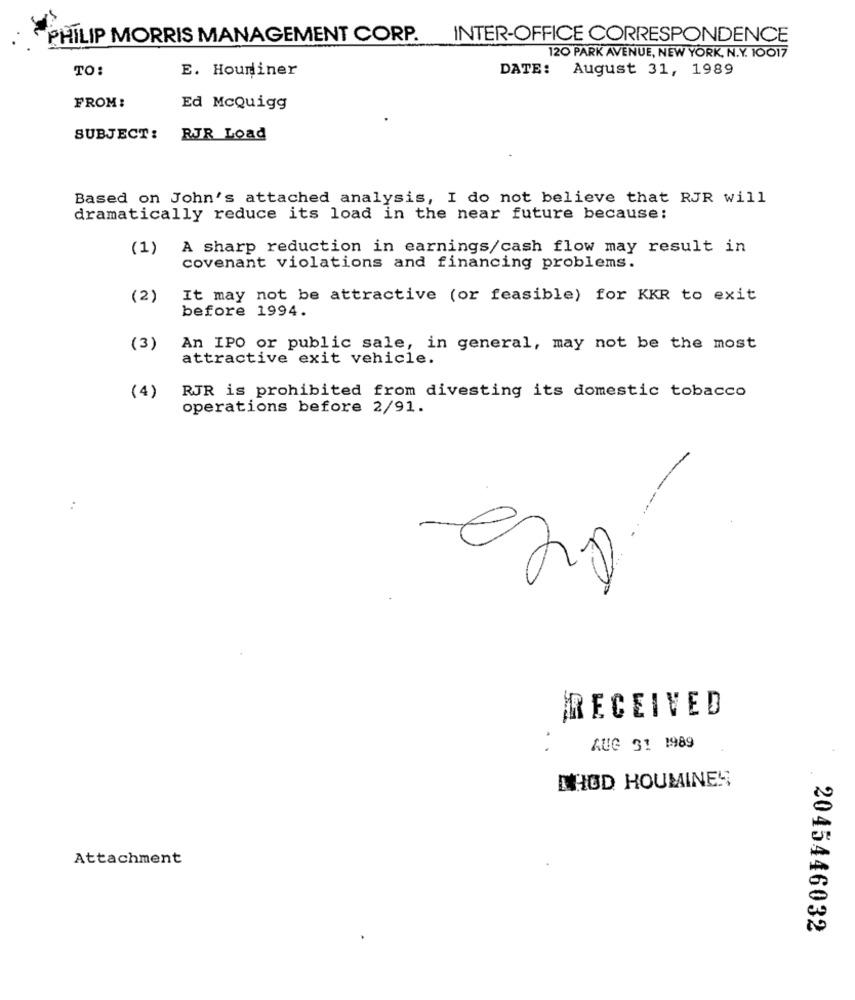
PHILIP MORRIS MANAGEMENT CORP. INTER-OFFICE CORRESPONDENCE
120 PARK AVENUE, NEW YORK, N.Y. 10017
TO:
E. Houminer
DATE:
August 31, 1989
FROM:
Ed McQuigg
SUBJECT:
RJR Load
Based on John's attached analysis, I do not believe that RJR will
dramatically reduce its load in the near future because:
(1) A sharp reduction in earnings/cash flow may result in
covenant violations and financing problems.
(2)
It may not be attractive (or feasible) for KKR to exit
before 1994.
(3)
An IPO or public sale, in general, may not be the most
attractive exit vehicle.
RJR is prohibited from divesting its domestic tobacco
(4)
operations before 2/91.
:
RECEIVED
AUG 31 1989
CHOD HOUMINES
Attachment
2045446032